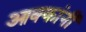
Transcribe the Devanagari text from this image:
आक्कांनी